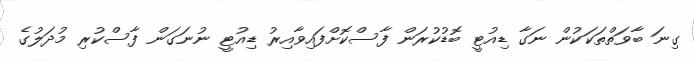
ގިނަ ބާވަތްތަކަކުން ނަގާ ޑިއުޓީ ބޮޑުކުރަން ފާސްކޮށްފައިވާއިރު ޑިއުޓީ ނުނަގަން ފާސްކުރި މުދަލުގެ